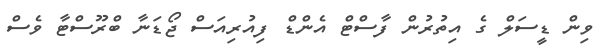
ވިން ޑީސަލް ގެ އިތުރުން ފާސްޓް އެންޑް ފިއުރިއަސް ޖޯޑަނާ ބްރޫސްޓާ ވެސް